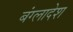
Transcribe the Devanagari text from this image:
बंग्‍लादेश